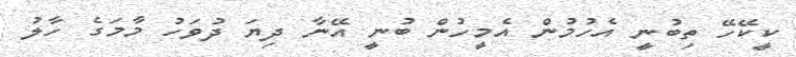
ކީކޭހޭ ތިބުނީ އެހުމުން އެމީހުން ބުނީ އޭނާ ދިޔަ ދުވަހު މާމަގެ ހާލު